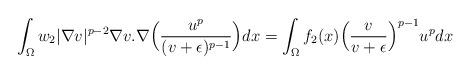
LaTeX: \begin{align*}\int_{\Omega} w_{2}|\nabla v|^{p-2}\nabla v.\nabla\Big(\frac{u^p}{(v+\epsilon)^{p-1}}\Big)dx=\int_{\Omega} f_{2}(x)\Big(\frac{v}{v+\epsilon}\Big)^{p-1}u^p dx\end{align*}